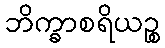
ဘိက္ခာစရိယဉ္စ